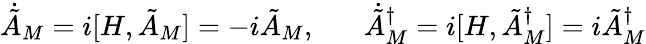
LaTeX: \dot{\tilde{A}}_{M}=i[H,\tilde{A}_{M}]=-i\tilde{A}_{M},\; \; \; \; \; \; \dot{\tilde{A}}_{M}^{\dagger}=i[H,\tilde{A}_{M}^{\dagger}]=i\tilde{A}_{M}^{\dagger}